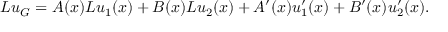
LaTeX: L u _ { G } = A ( x ) L u _ { 1 } ( x ) + B ( x ) L u _ { 2 } ( x ) + A ^ { \prime } ( x ) u _ { 1 } ^ { \prime } ( x ) + B ^ { \prime } ( x ) u _ { 2 } ^ { \prime } ( x ) .